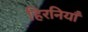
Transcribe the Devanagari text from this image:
हिरनियाँ